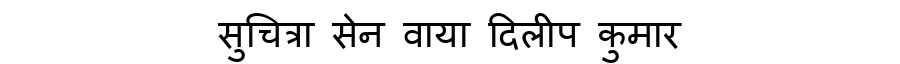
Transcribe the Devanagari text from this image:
सुचित्रा सेन वाया दिलीप कुमार